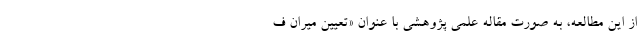
از این مطالعه،‌ به صورت مقاله علمی پژوهشی با عنوان «تعیین میران ف